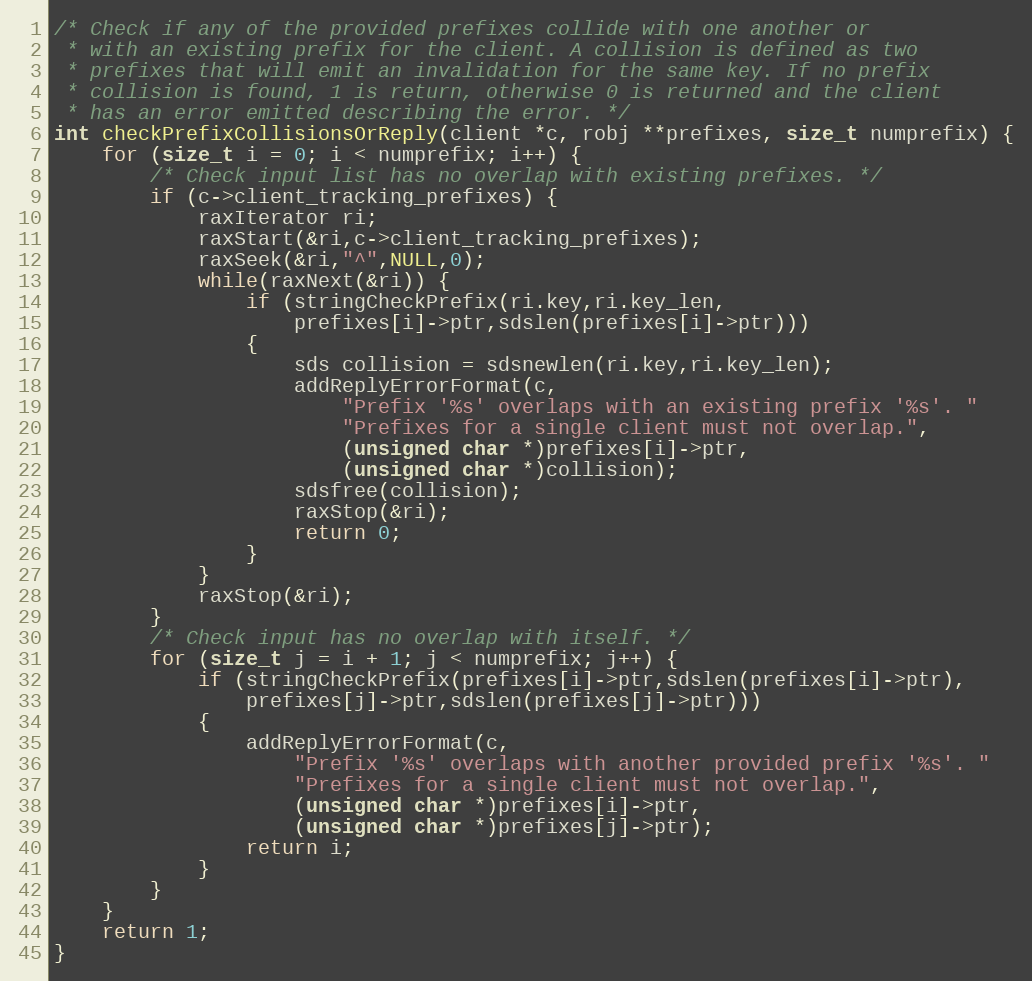
Language: C
/* Check if any of the provided prefixes collide with one another or
 * with an existing prefix for the client. A collision is defined as two
 * prefixes that will emit an invalidation for the same key. If no prefix
 * collision is found, 1 is return, otherwise 0 is returned and the client
 * has an error emitted describing the error. */
int checkPrefixCollisionsOrReply(client *c, robj **prefixes, size_t numprefix) {
    for (size_t i = 0; i < numprefix; i++) {
        /* Check input list has no overlap with existing prefixes. */
        if (c->client_tracking_prefixes) {
            raxIterator ri;
            raxStart(&ri,c->client_tracking_prefixes);
            raxSeek(&ri,"^",NULL,0);
            while(raxNext(&ri)) {
                if (stringCheckPrefix(ri.key,ri.key_len,
                    prefixes[i]->ptr,sdslen(prefixes[i]->ptr)))
                {
                    sds collision = sdsnewlen(ri.key,ri.key_len);
                    addReplyErrorFormat(c,
                        "Prefix '%s' overlaps with an existing prefix '%s'. "
                        "Prefixes for a single client must not overlap.",
                        (unsigned char *)prefixes[i]->ptr,
                        (unsigned char *)collision);
                    sdsfree(collision);
                    raxStop(&ri);
                    return 0;
                }
            }
            raxStop(&ri);
        }
        /* Check input has no overlap with itself. */
        for (size_t j = i + 1; j < numprefix; j++) {
            if (stringCheckPrefix(prefixes[i]->ptr,sdslen(prefixes[i]->ptr),
                prefixes[j]->ptr,sdslen(prefixes[j]->ptr)))
            {
                addReplyErrorFormat(c,
                    "Prefix '%s' overlaps with another provided prefix '%s'. "
                    "Prefixes for a single client must not overlap.",
                    (unsigned char *)prefixes[i]->ptr,
                    (unsigned char *)prefixes[j]->ptr);
                return i;
            }
        }
    }
    return 1;
}